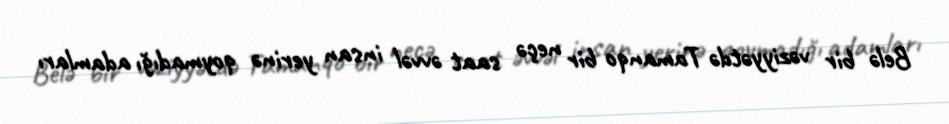
Belə bir vəziyyətdə Tamanqo bir neçə saat əvvəl insan yerinə qoymadığı adamları